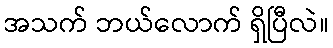
အသက် ဘယ်လောက် ရှိပြီလဲ။